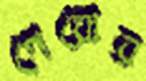
গেরোর